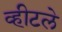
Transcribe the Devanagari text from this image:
व्हीटले